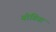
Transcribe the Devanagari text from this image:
योगिया